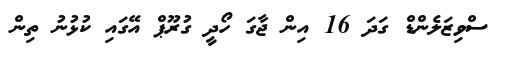
ސްވިޒަލެންޑް ގަދަ 16 އިން ޖާގަ ހޯދީ ގުރޫޕް އޭގައި ކުޅުނު ތިން